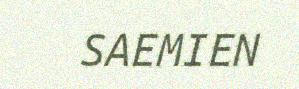
SAEMIEN